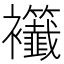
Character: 𧟖